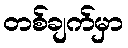
တစ်ချက်မှာ